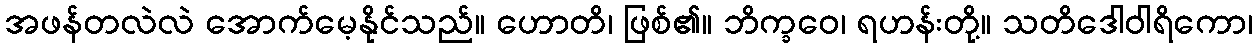
အဖန်တလဲလဲ အောက်မေ့နိုင်သည်။ ဟောတိ၊ ဖြစ်၏။ ဘိက္ခဝေ၊ ရဟန်းတို့။ သတိဒေါဝါရိကော၊